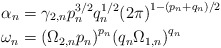
\begin{align*}&{{\alpha }_{n}}={{\gamma }_{2,n}}p_{n}^{3/2}q_{n}^{1/2}{{\left( 2\pi \right)}^{1-\left( {{p}_{n}}+{{q}_{n}} \right)/2\ }}\\&{{\omega }_{n}}={{\left( {{\Omega }_{2,n}}{{p}_{n}} \right)}^{{{p}_{n}}}}{{\left( {{q}_{n}}{{\Omega }_{1,n}} \right)}^{{{q}_{n}}}}\end{align*}